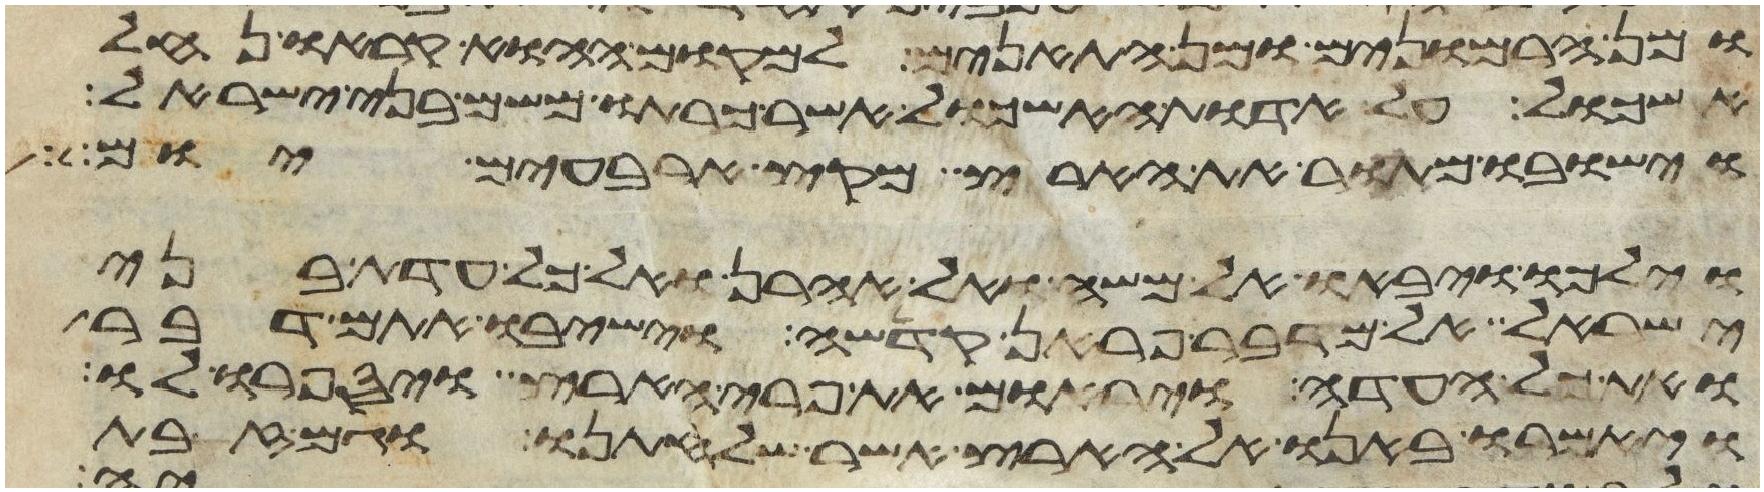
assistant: ומן הרמונים ומן התאנים למקום ההוא קראו נחל
אשכול על אדות האשכול אשר כרתו משם בני ישראל
וישבו מתור את הארץ מקץ ארבעים יום
וילכו ויבאו אל משה ואל אהרן ואל כל עדת בני
ישראל אל מדבר פראן קדשה וישיבו אתם דבר
ואת כל העדה ויראום את פרי הארץ ויספרו לו
ויאמרו באנו אל הארץ אשר שלחתנו וגם זבת